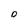
Character: O